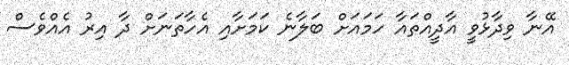
އޭނާ ވިދާޅުވީ އާދީއްތައާ ހަމައަށް ބަލާނެ ކަމަށާއި އެހާތަނަށް ދާ އިރު އެއްވެސް